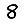
Digit: 8